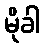
မိုခါ